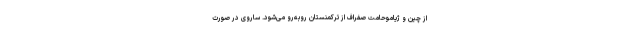
از چین و ژیاموحامت صفراف از ترکمنستان روبه‌رو می‌شود. ساروی در صورت